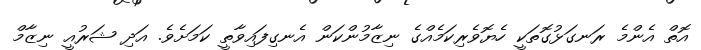
އޮތް އެންމެ ރަނގަޅުގޮތަކީ ހެޔޮވެރިކަމެއްގެ ނިޒާމުންކަން އެނގިފައިވާތީ ކަމަށެވެ. އަދި ޝަރުއީ ނިޒާމް